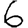
Digit: 6